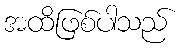
အထိဖြစ်ပါသည်